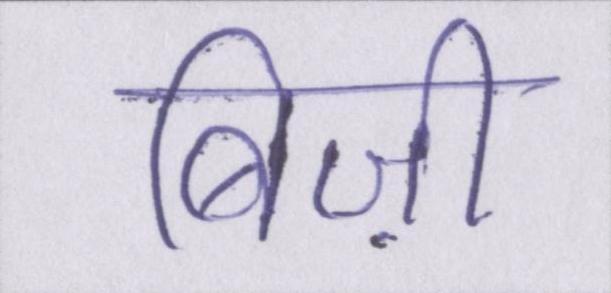
बिज़ी